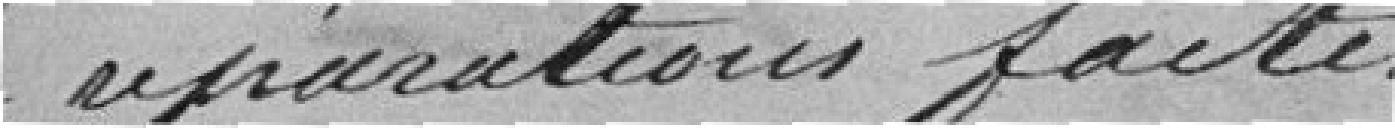
de réparations faites